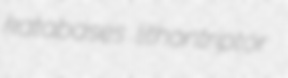
katabases lithontriptor